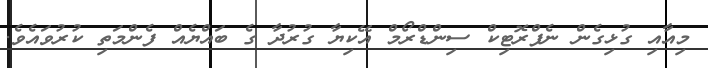
މިއާއި ގުޅިގެން ނެފްރޮޓިކް ސިންޑްރޯމް އޭކިޔާ ގުރުދާ ގެ ބައްޔެއް ފެންމަތި ކުރުވައެވެ.